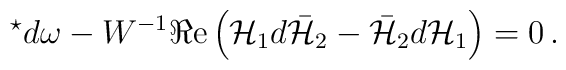
{}^{\star}d\omega  -W^{-1} \Re{\rm e}\left( {\cal H}_{1}d\bar{\cal H}_{2} -\bar{\cal H}_{2}d{\cal H}_{1}\right) = 0\, .